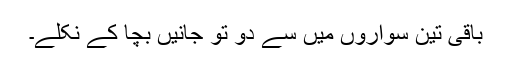
باقی تین سواروں میں سے دو تو جانیں بچا کے نکلے۔